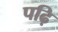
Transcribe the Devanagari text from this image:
पढ़ि